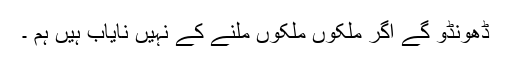
ڈھونڈو گے اگر ملکوں ملکوں ملنے کے نہیں نایاب ہیں ہم ۔